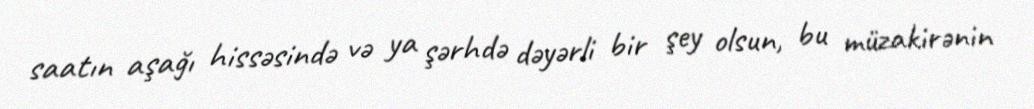
saatın aşağı hissəsində və ya şərhdə dəyərli bir şey olsun, bu müzakirənin